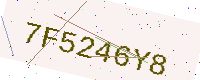
Text: 7F5246Y8